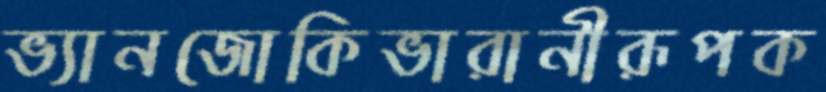
ভ্যানজোকিভারানীরূপক